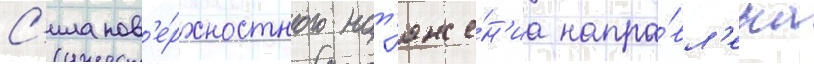
С'ила пов'е́рхностного нат'яже́н'иа напра́вл'ена